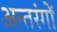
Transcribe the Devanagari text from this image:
अन्तरंगों